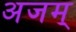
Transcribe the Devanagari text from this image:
अजम्